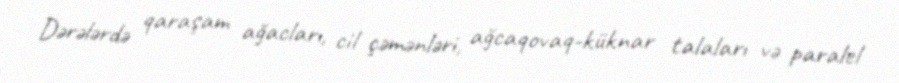
Dərələrdə qaraşam ağacları, cil çəmənləri, ağcaqovaq-küknar talaları və paralel